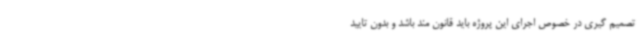
تصمیم گیری در خصوص اجرای این پروژه باید قانون مند باشد و بدون تایید